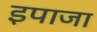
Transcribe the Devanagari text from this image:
इपाजा